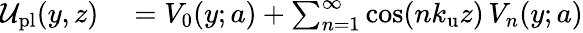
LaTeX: \begin{array}{rl}{{\cal U}_{\mathrm{pl}}(y,z)}&{{}=V_{0}(y;a)+\sum_{n=1}^{\infty}\cos(n{k_{\mathrm{u}}}z)\, V_{n}(y;a)}\end{array}